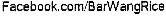
FACEBOOK.COM/BARWANGRICE